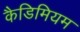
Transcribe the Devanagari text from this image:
कैडिमियम